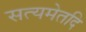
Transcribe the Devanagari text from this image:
सत्यमेतदि